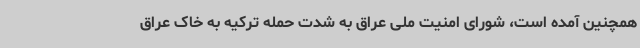
همچنین آمده است، شورای امنیت ملی عراق به شدت حمله ترکیه به خاک عراق